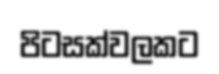
පිටසක්වලකට